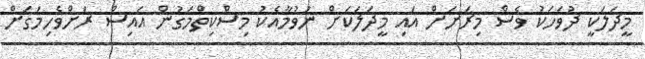
މީދަލަކީ ދުވަހަކު ވެސް މިރަށަށް އައި މީދަލަކަށް ނުވުމާއެކު މިސްކިތްމަގުން އައިސް ރަށްވެހިމަގަށް